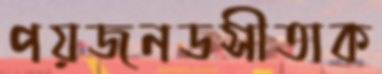
পয়জনডসীতাক